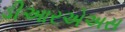
ડીઆરએઅસ